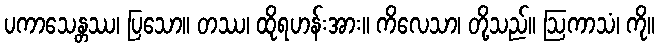
ပကာသေန္တဿ၊ ပြသော။ တဿ၊ ထိုရဟန်းအား။ ကိလေသာ၊ တို့သည်။ ဩကာသံ၊ ကို။